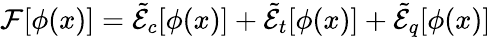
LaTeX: {\cal F}[\phi(x)]=\tilde{\cal E}_{c}[\phi(x)]+\tilde{\cal E}_{t}[\phi(x)]+\tilde{\cal E}_{q}[\phi(x)]